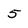
Character: 5